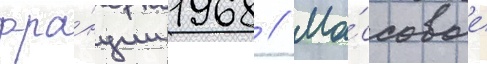
фра́нции 1968 // Ма́ссовые